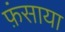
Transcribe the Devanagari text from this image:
फ़ंसाया